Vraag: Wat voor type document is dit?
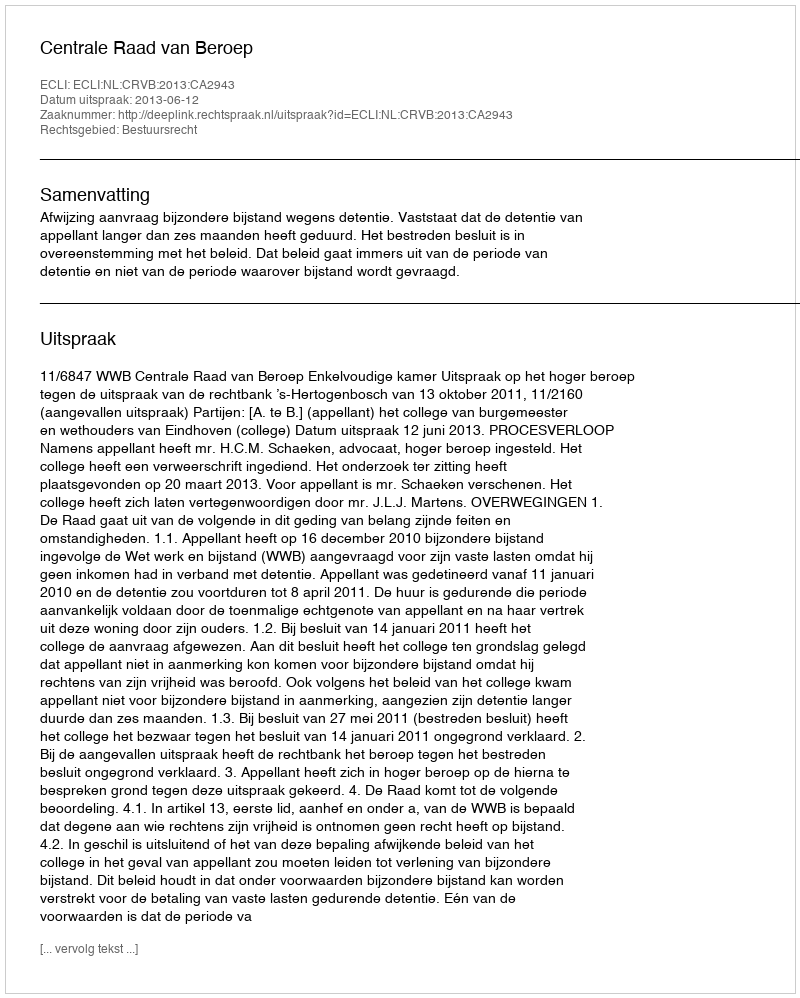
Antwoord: Uitspraak